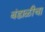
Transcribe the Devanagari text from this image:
बंडाळीचा